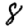
Digit: 8